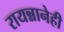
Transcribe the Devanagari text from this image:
रायन्नानेही